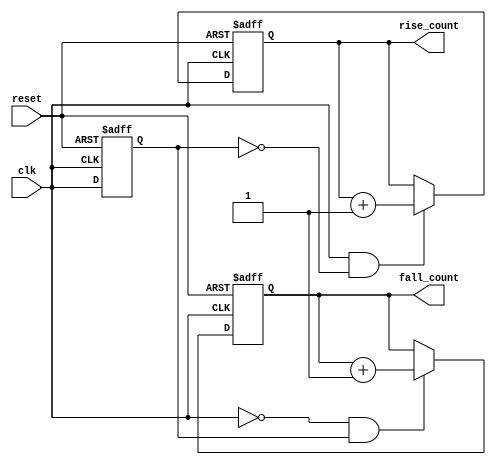
module edge_counter (
    input wire clk,         // Clock input
    input wire reset,       // Asynchronous reset
    output reg [31:0] rise_count, // Rising edge count
    output reg [31:0] fall_count  // Falling edge count
);

    reg clk_prev; // Previous state of the clock

    // Asynchronous reset and edge detection logic
    always @(posedge clk or posedge reset) begin
        if (reset) begin
            rise_count <= 32'b0; // Reset rising edge count
            fall_count <= 32'b0; // Reset falling edge count
            clk_prev <= 1'b0;     // Reset previous clock state
        end else begin
            // Edge detection logic
            if (clk && !clk_prev) begin
                rise_count <= rise_count + 1; // Increment rising edge count
            end
            if (!clk && clk_prev) begin
                fall_count <= fall_count + 1; // Increment falling edge count
            end
            // Update previous clock state
            clk_prev <= clk;
        end
    end

endmodule